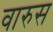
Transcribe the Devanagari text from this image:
वारुस